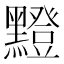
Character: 𪒘